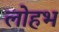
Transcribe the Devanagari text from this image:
लोहभ